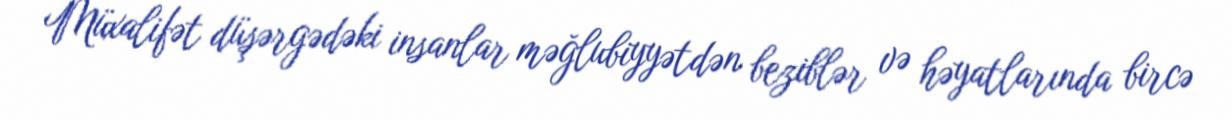
Müxalifət düşərgədəki insanlar məğlubiyyətdən beziblər və həyatlarında bircə